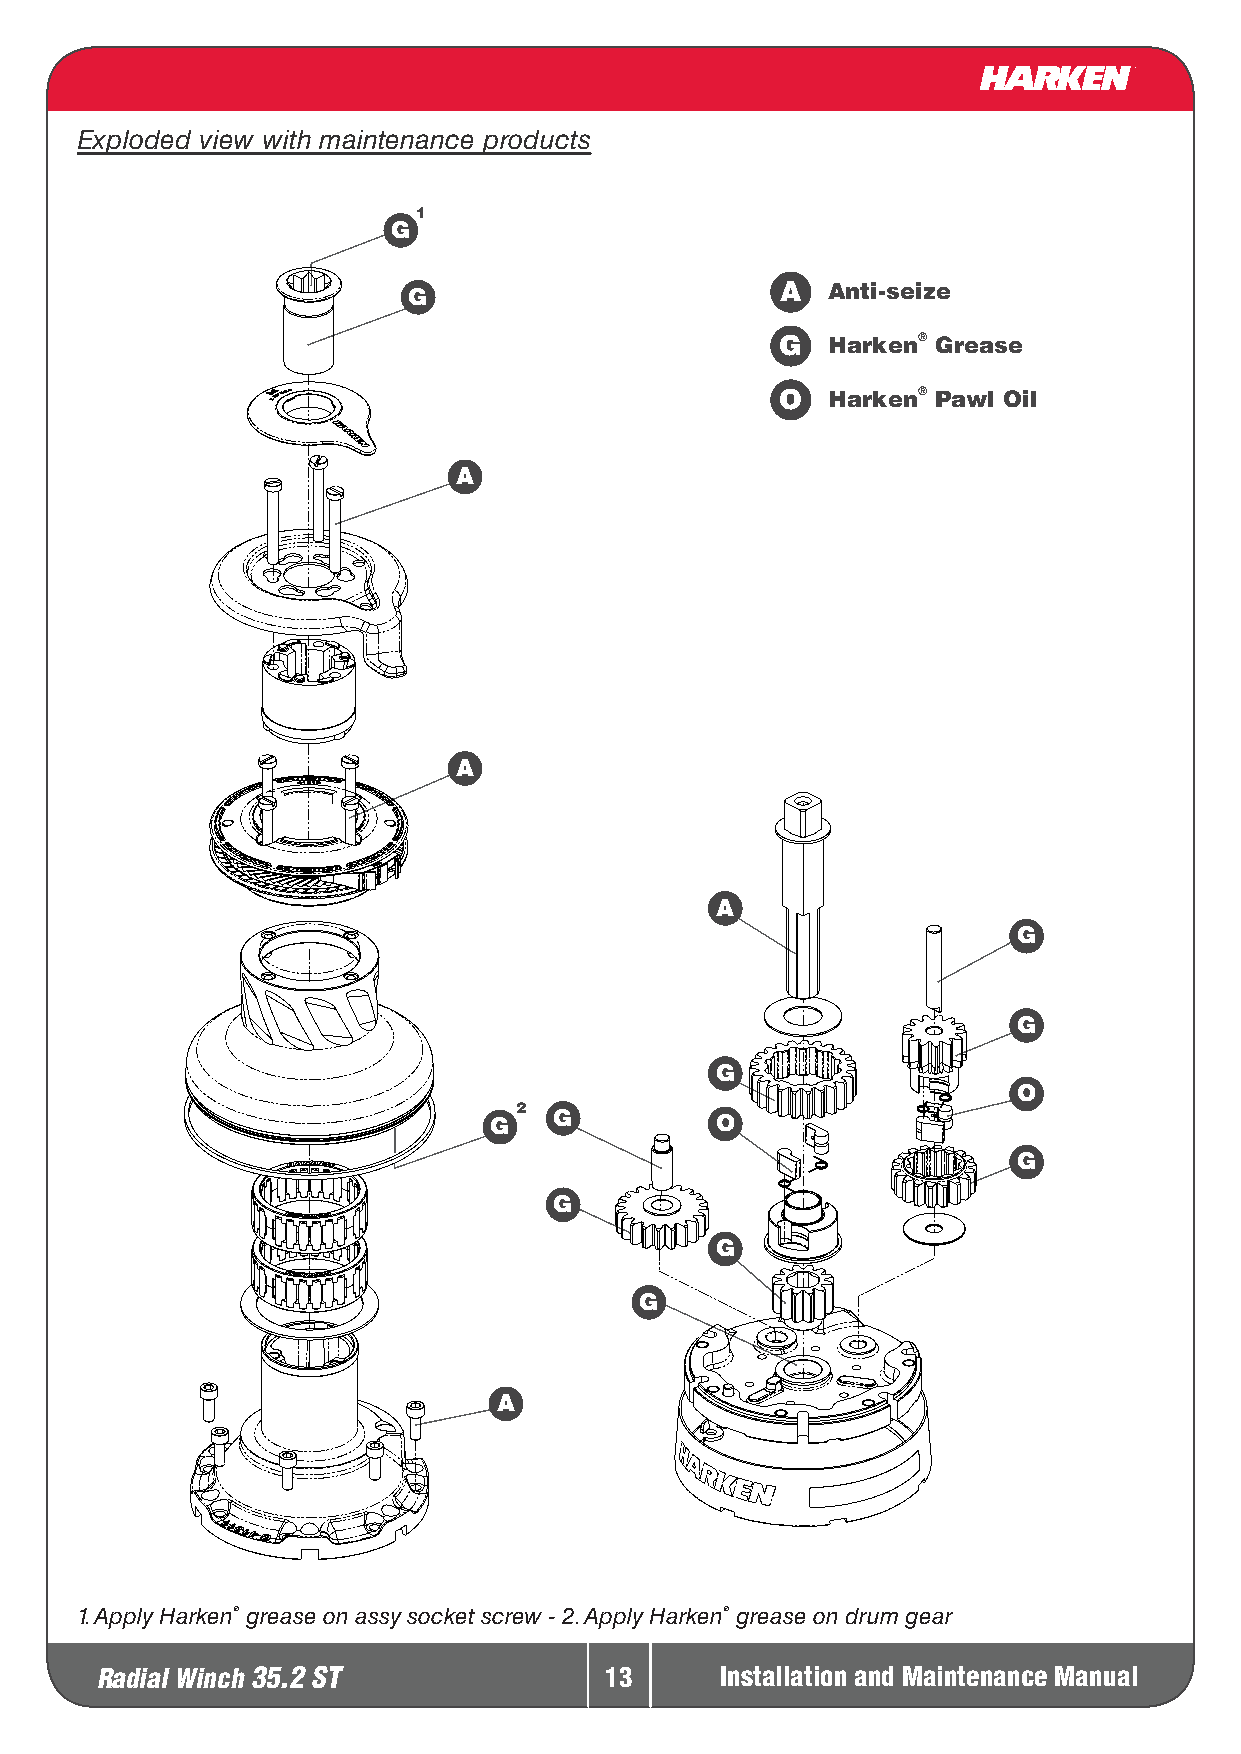
Exploded view with maintenance products
 1
 G
 G                        A  Anti-seize
 G  Harken® Grease
 O  Harken® Pawl Oil
 A
 A
 A
 G
 G
 G
 O
 2
 G    G         O
 G
 G
 G
 G
 A
 1. Apply Harken® grease on assy socket screw - 2. Apply Harken® grease on drum gear
 Radial Winch 35.2 ST              13      Installation and Maintenance Manual